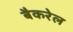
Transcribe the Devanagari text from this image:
बैकरेल